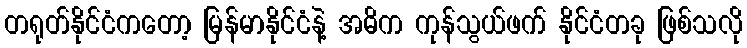
တရုတ်နိုင်ငံကတော့ မြန်မာနိုင်ငံနဲ့ အဓိက ကုန်သွယ်ဖက် နိုင်ငံတခု ဖြစ်သလို